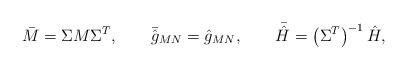
LaTeX: \begin{align*}\bar{M} = \Sigma M \Sigma^T, \qquad \bar{\hat{g}}_{MN} = \hat{g}_{MN} , \qquad \bar{\hat{H}} = \left( \Sigma^T \right)^{-1} \hat{H} ,\end{align*}